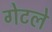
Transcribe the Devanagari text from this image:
गेटले